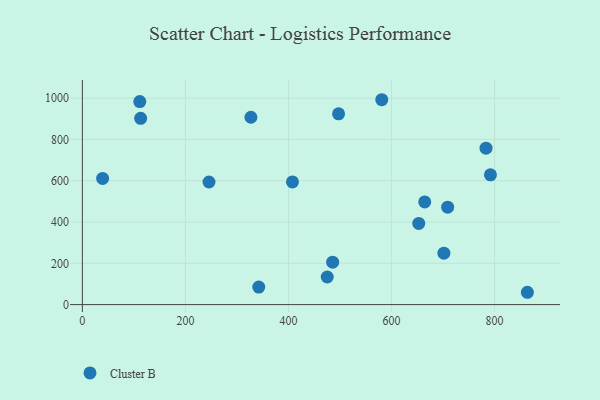
{"axis": {"x": "Price", "y": "Demand"}, "legend": ["Cluster B"], "data": [{"x": "39.3", "y": 610.9, "type": "Cluster B"}, {"x": "327.1", "y": 907.4, "type": "Cluster B"}, {"x": "708.9", "y": 472.0, "type": "Cluster B"}, {"x": "407.7", "y": 594.1, "type": "Cluster B"}, {"x": "485.7", "y": 205.3, "type": "Cluster B"}, {"x": "701.6", "y": 249.0, "type": "Cluster B"}, {"x": "342.3", "y": 84.9, "type": "Cluster B"}, {"x": "581.0", "y": 992.3, "type": "Cluster B"}, {"x": "111.4", "y": 983.1, "type": "Cluster B"}, {"x": "475.2", "y": 133.6, "type": "Cluster B"}, {"x": "497.2", "y": 924.2, "type": "Cluster B"}, {"x": "113.1", "y": 902.4, "type": "Cluster B"}, {"x": "863.6", "y": 59.7, "type": "Cluster B"}, {"x": "664.4", "y": 497.1, "type": "Cluster B"}, {"x": "245.7", "y": 593.7, "type": "Cluster B"}, {"x": "652.8", "y": 393.2, "type": "Cluster B"}, {"x": "791.9", "y": 628.5, "type": "Cluster B"}, {"x": "783.3", "y": 757.6, "type": "Cluster B"}]}